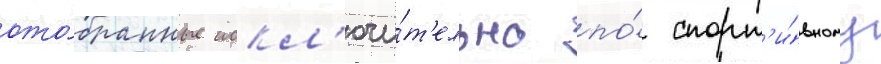
ото́бранные искл'ючи́т'ельно по́ спорт'и́вному